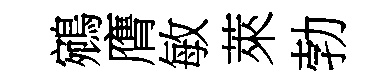
鵷膺敏萊勃